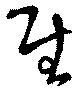
慰